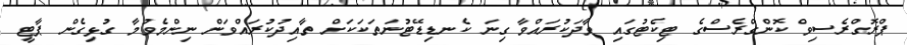
ޕްރޮގްރެސިވް ކޮންގްރެސްގެ ޓިކެޓުގައި ވާދަކުރައްވާ ގިނަ ކެނޑިޑޭޓުނަތަކަކަށް ތާއިދުކުރައްވަން ނިންމެވުމާ ގުޅިގެން ޕާޓީ